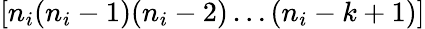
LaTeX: [n_{i}(n_{i}-1)(n_{i}-2)\dots(n_{i}-k+1)]